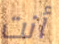
أنت